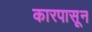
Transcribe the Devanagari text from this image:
कारपासून